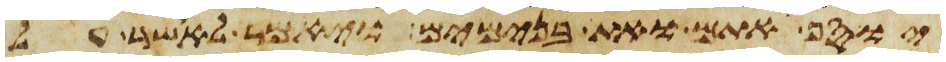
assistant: יוסף אתם ואת בנימים ויאמר לאשר על